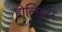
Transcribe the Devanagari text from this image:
होलिस्टर